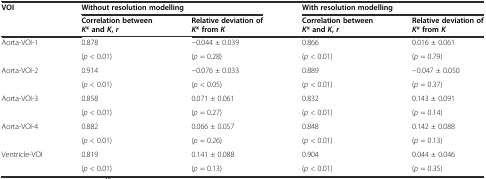
<table><thead><tr><td rowspan="2"><b>VOI</b></td><td colspan="2"><b>Without resolution modelling</b></td><td colspan="2"><b>With resolution modelling</b></td></tr><tr><td><b>Correlation between<i>K</i>* and<i>K</i>,<i>r</i></b></td><td><b>Relative deviation of<i>K</i>* from<i>K</i></b></td><td><b>Correlation between<i>K</i>* and<i>K</i>,<i>r</i></b></td><td><b>Relative deviation of<i>K</i>* from<i>K</i></b></td></tr></thead><tbody><tr><td rowspan="2">Aorta-VOI-1</td><td>0.878</td><td>−0.044 ± 0.039</td><td>0.866</td><td>0.016 ± 0.061</td></tr><tr><td>(<i>p</i> &lt; 0.01)</td><td>(<i>p</i> = 0.28)</td><td>(<i>p</i> &lt; 0.01)</td><td>(<i>p</i> = 0.79)</td></tr><tr><td rowspan="2">Aorta-VOI-2</td><td>0.914</td><td>−0.076 ± 0.033</td><td>0.889</td><td>−0.047 ± 0.050</td></tr><tr><td>(<i>p</i> &lt; 0.01)</td><td>(<i>p</i> &lt; 0.05)</td><td>(<i>p</i> &lt; 0.01)</td><td>(<i>p</i> = 0.37)</td></tr><tr><td rowspan="2">Aorta-VOI-3</td><td>0.858</td><td>0.071 ± 0.061</td><td>0.832</td><td>0.143 ± 0.091</td></tr><tr><td>(<i>p</i> &lt; 0.01)</td><td>(<i>p</i> = 0.27)</td><td>(<i>p</i> &lt; 0.01)</td><td>(<i>p</i> = 0.14)</td></tr><tr><td rowspan="2">Aorta-VOI-4</td><td>0.882</td><td>0.066 ± 0.057</td><td>0.848</td><td>0.142 ± 0.088</td></tr><tr><td>(<i>p</i> &lt; 0.01)</td><td>(<i>p</i> = 0.26)</td><td>(<i>p</i> &lt; 0.01)</td><td>(<i>p</i> = 0.13)</td></tr><tr><td rowspan="2">Ventricle-VOI</td><td>0.819</td><td>0.141 ± 0.088</td><td>0.904</td><td>0.044 ± 0.046</td></tr><tr><td>(<i>p</i> &lt; 0.01)</td><td>(<i>p</i> = 0.13)</td><td>(<i>p</i> &lt; 0.01)</td><td>(<i>p</i> = 0.35)</td></tr></tbody></table>